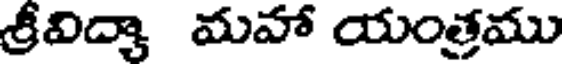
శ్రీవిద్యా మహా యంత్రము